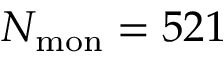
N _ { \mathrm { m o n } } = 5 2 1